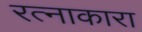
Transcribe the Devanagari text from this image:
रत्नाकारा